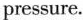
pressure.